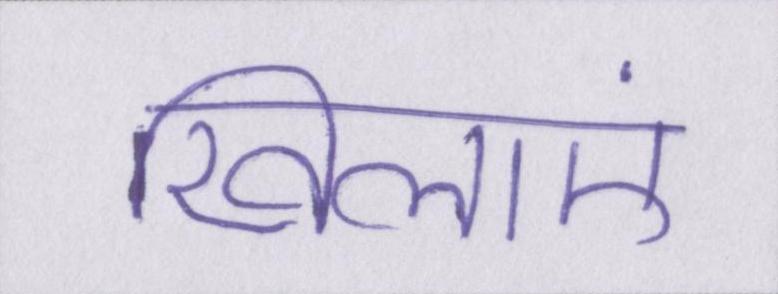
खिलाएं